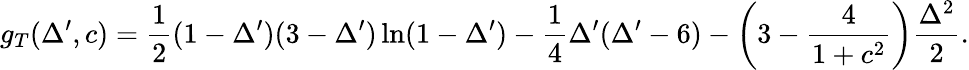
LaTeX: g_{T}(\Delta^{\prime},c)=\frac{1}{2}(1-\Delta^{\prime})(3-\Delta^{\prime})\ln(1-\Delta^{\prime})-\frac{1}{4}\Delta^{\prime}(\Delta^{\prime}-6)-\left(3-\frac{4}{1+c^{2}}\right)\frac{\Delta^{2}}{2}.